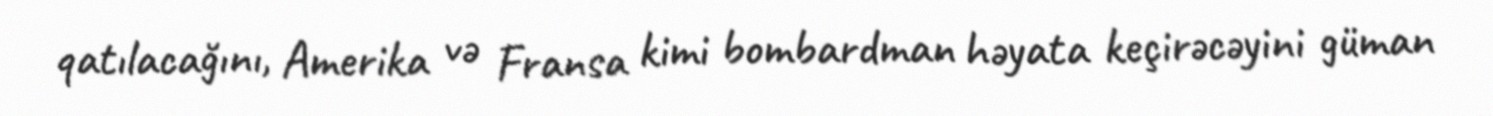
qatılacağını, Amerika və Fransa kimi bombardman həyata keçirəcəyini güman